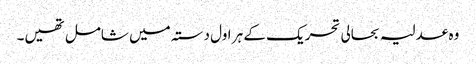
وہ عدلیہ بحالی تحریک کے ہر اول دستہ میں شامل تھیں۔